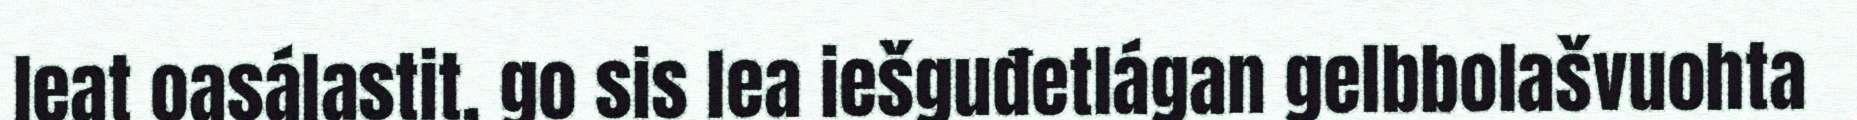
leat oasálastit, go sis lea iešguđetlágan gelbbolašvuohta